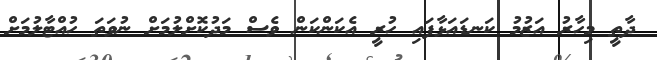
ދާތީ މިހާރު އަޒުމު ކަނޑައަޅާފައި ހުރީ އެކަންކަން ވެސް މަދުކޮށްލުމަށް ނުވަތަ ހުއްޓާލުމަށް